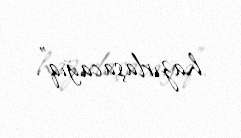
hazırlaşacağıq”.